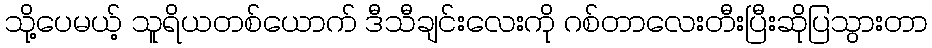
သို့ပေမယ့် သူရိယတစ်ယောက် ဒီသီချင်းလေးကို ဂစ်တာလေးတီးပြီးဆိုပြသွားတာ